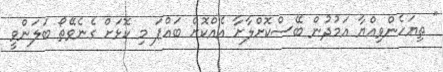
" ތިޔަހެންވިއްޔާ އަމުދުން ބޭސްކޮށްލާށާ އެއްކޮށް ބައްޕަ މި ކޮޅަށް ގެނެވޭތޯ ބަލަންވީ